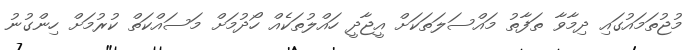
މުޖުތަމައުގައި ދިމާވާ ތަފާތު މައްސަލަތަކަށް އީޖާދީ ހައްލުތަކެއް ހޯދުމަށް މަސައްކަތް ކުރުމަށް ހިންގުނު